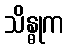
သိန္ဓုက